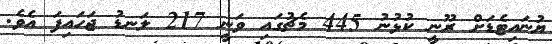
ޔުނައިޓެޑަށް ރޫނީ ކުޅުނު 445 މެޗުގައި ވަނީ 217 ލަނޑު ޖަހައިފަ އެވެ.